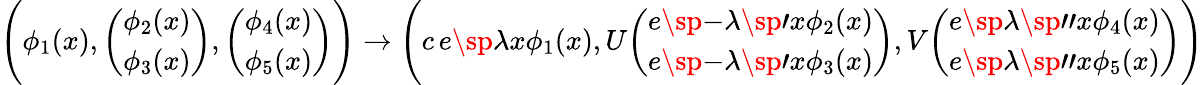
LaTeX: \Biggl(\phi_{1}(x),{\binom{\phi_{2}(x)}{\phi_{3}(x)}},{\binom{\phi_{4}(x)}{\phi_{5}(x)}}\Biggr)\rightarrow\Biggl(c\, e\sp{\lambda x}\phi_{1}(x),U{\binom{e\sp{-\lambda\sp\prime x}\phi_{2}(x)}{e\sp{-\lambda\sp\prime x}\phi_{3}(x)}},V{\binom{e\sp{\lambda\sp{\prime\prime}x}\phi_{4}(x)}{e\sp{\lambda\sp{\prime\prime}x}\phi_{5}(x)}}\Biggr)